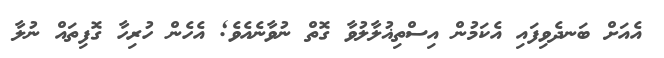
އެއަށް ބަނދެވިފައި އެކަމުން އިސްތިޣުލާލުވާ ގޮތް ނުވާނެއެވެ; އެހެން ހުރިހާ ގޮފިތައް ނުލާ